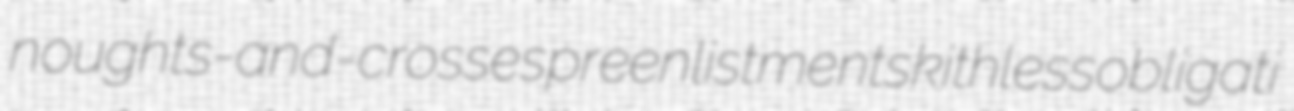
noughts-and-crosses preenlistments kithless obligati